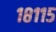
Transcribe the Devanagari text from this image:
१८११५